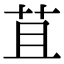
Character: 苴